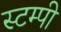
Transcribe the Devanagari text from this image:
स्टम्पी